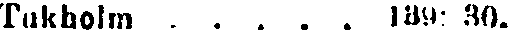
Tukholm . . . . . 139: 30.